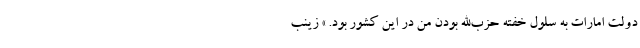
دولت امارات به سلول خفته حزب‌الله بودن من در این کشور بود. » زینب